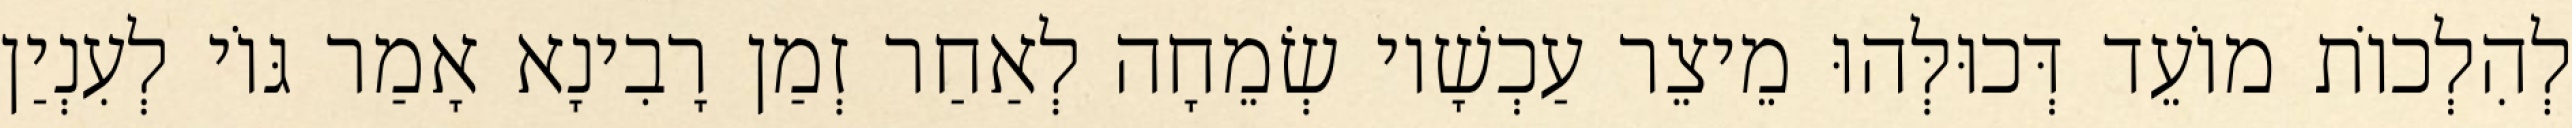
לְהִלְכוֹת מוֹעֵד דְּכוּלְּהוּ מֵיצֵר עַכְשָׁיו שְׂמֵחָה לְאַחַר זְמַן רָבִינָא אָמַר גּוֹי לְעִנְיַן